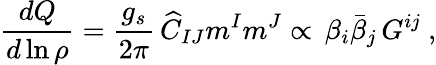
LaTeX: {\frac{d{Q}}{d\ln{\rho}}}={\frac{g_{s}}{2\pi}}\, {\widehat C_{IJ}m^{I}m^{J}}\propto\, {\beta_{i}\bar{\beta}_{j}\, G^{ij}}~,